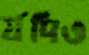
র‍্যদিও